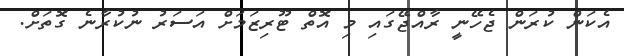
އެކަން ކުރަން ޖެހޭނީ ރާއްޖޭގައި މި އޮތް ޓޫރިޒަމަށް އަސަރު ނުކުރާނެ ގޮތަށް.